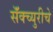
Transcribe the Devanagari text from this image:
सॅंक्च्युरीचे